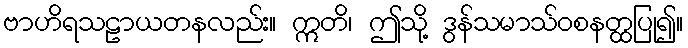
ဗာဟိရသဠာယတနလည်း။ ဣတိ၊ ဤသို့ ဒွန်သမာသ်ဝစနတ္ထပြု၍။